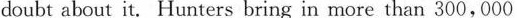
doubt about it. Hunters bring in more than 300,000